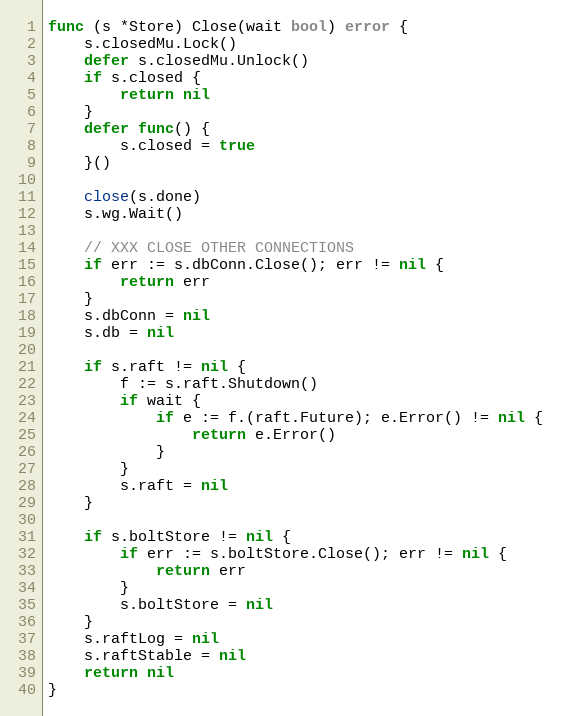
Language: Go
func (s *Store) Close(wait bool) error {
	s.closedMu.Lock()
	defer s.closedMu.Unlock()
	if s.closed {
		return nil
	}
	defer func() {
		s.closed = true
	}()

	close(s.done)
	s.wg.Wait()

	// XXX CLOSE OTHER CONNECTIONS
	if err := s.dbConn.Close(); err != nil {
		return err
	}
	s.dbConn = nil
	s.db = nil

	if s.raft != nil {
		f := s.raft.Shutdown()
		if wait {
			if e := f.(raft.Future); e.Error() != nil {
				return e.Error()
			}
		}
		s.raft = nil
	}

	if s.boltStore != nil {
		if err := s.boltStore.Close(); err != nil {
			return err
		}
		s.boltStore = nil
	}
	s.raftLog = nil
	s.raftStable = nil
	return nil
}